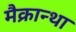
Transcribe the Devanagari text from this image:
मैक्रान्था